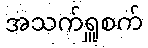
အသက်ရှူစက်